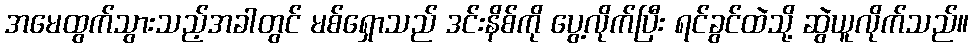
အမေထွက်သွားသည့်အခါတွင် မစ်ရှောသည် ဒင်းနိစ်ကို ပွေ့လိုက်ပြီး ရင်ခွင်ထဲသို့ ဆွဲယူလိုက်သည်။